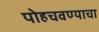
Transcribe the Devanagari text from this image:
पोहचवण्याचा